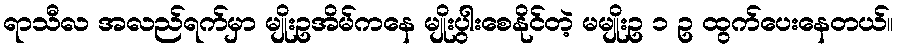
ရာသီလ အလည်ရက်မှာ မျိုးဥအိမ်ကနေ မျိုးပွါးစေနိုင်တဲ့ မမျိုးဥ ၁ ဥ ထွက်ပေးနေတယ်။